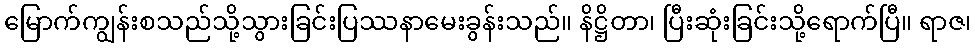
မြောက်ကျွန်းစသည်သို့သွားခြင်းပြဿနာမေးခွန်းသည်။ နိဋ္ဌိတာ၊ ပြီးဆုံးခြင်းသို့ရောက်ပြီ။ ရာဇ၊